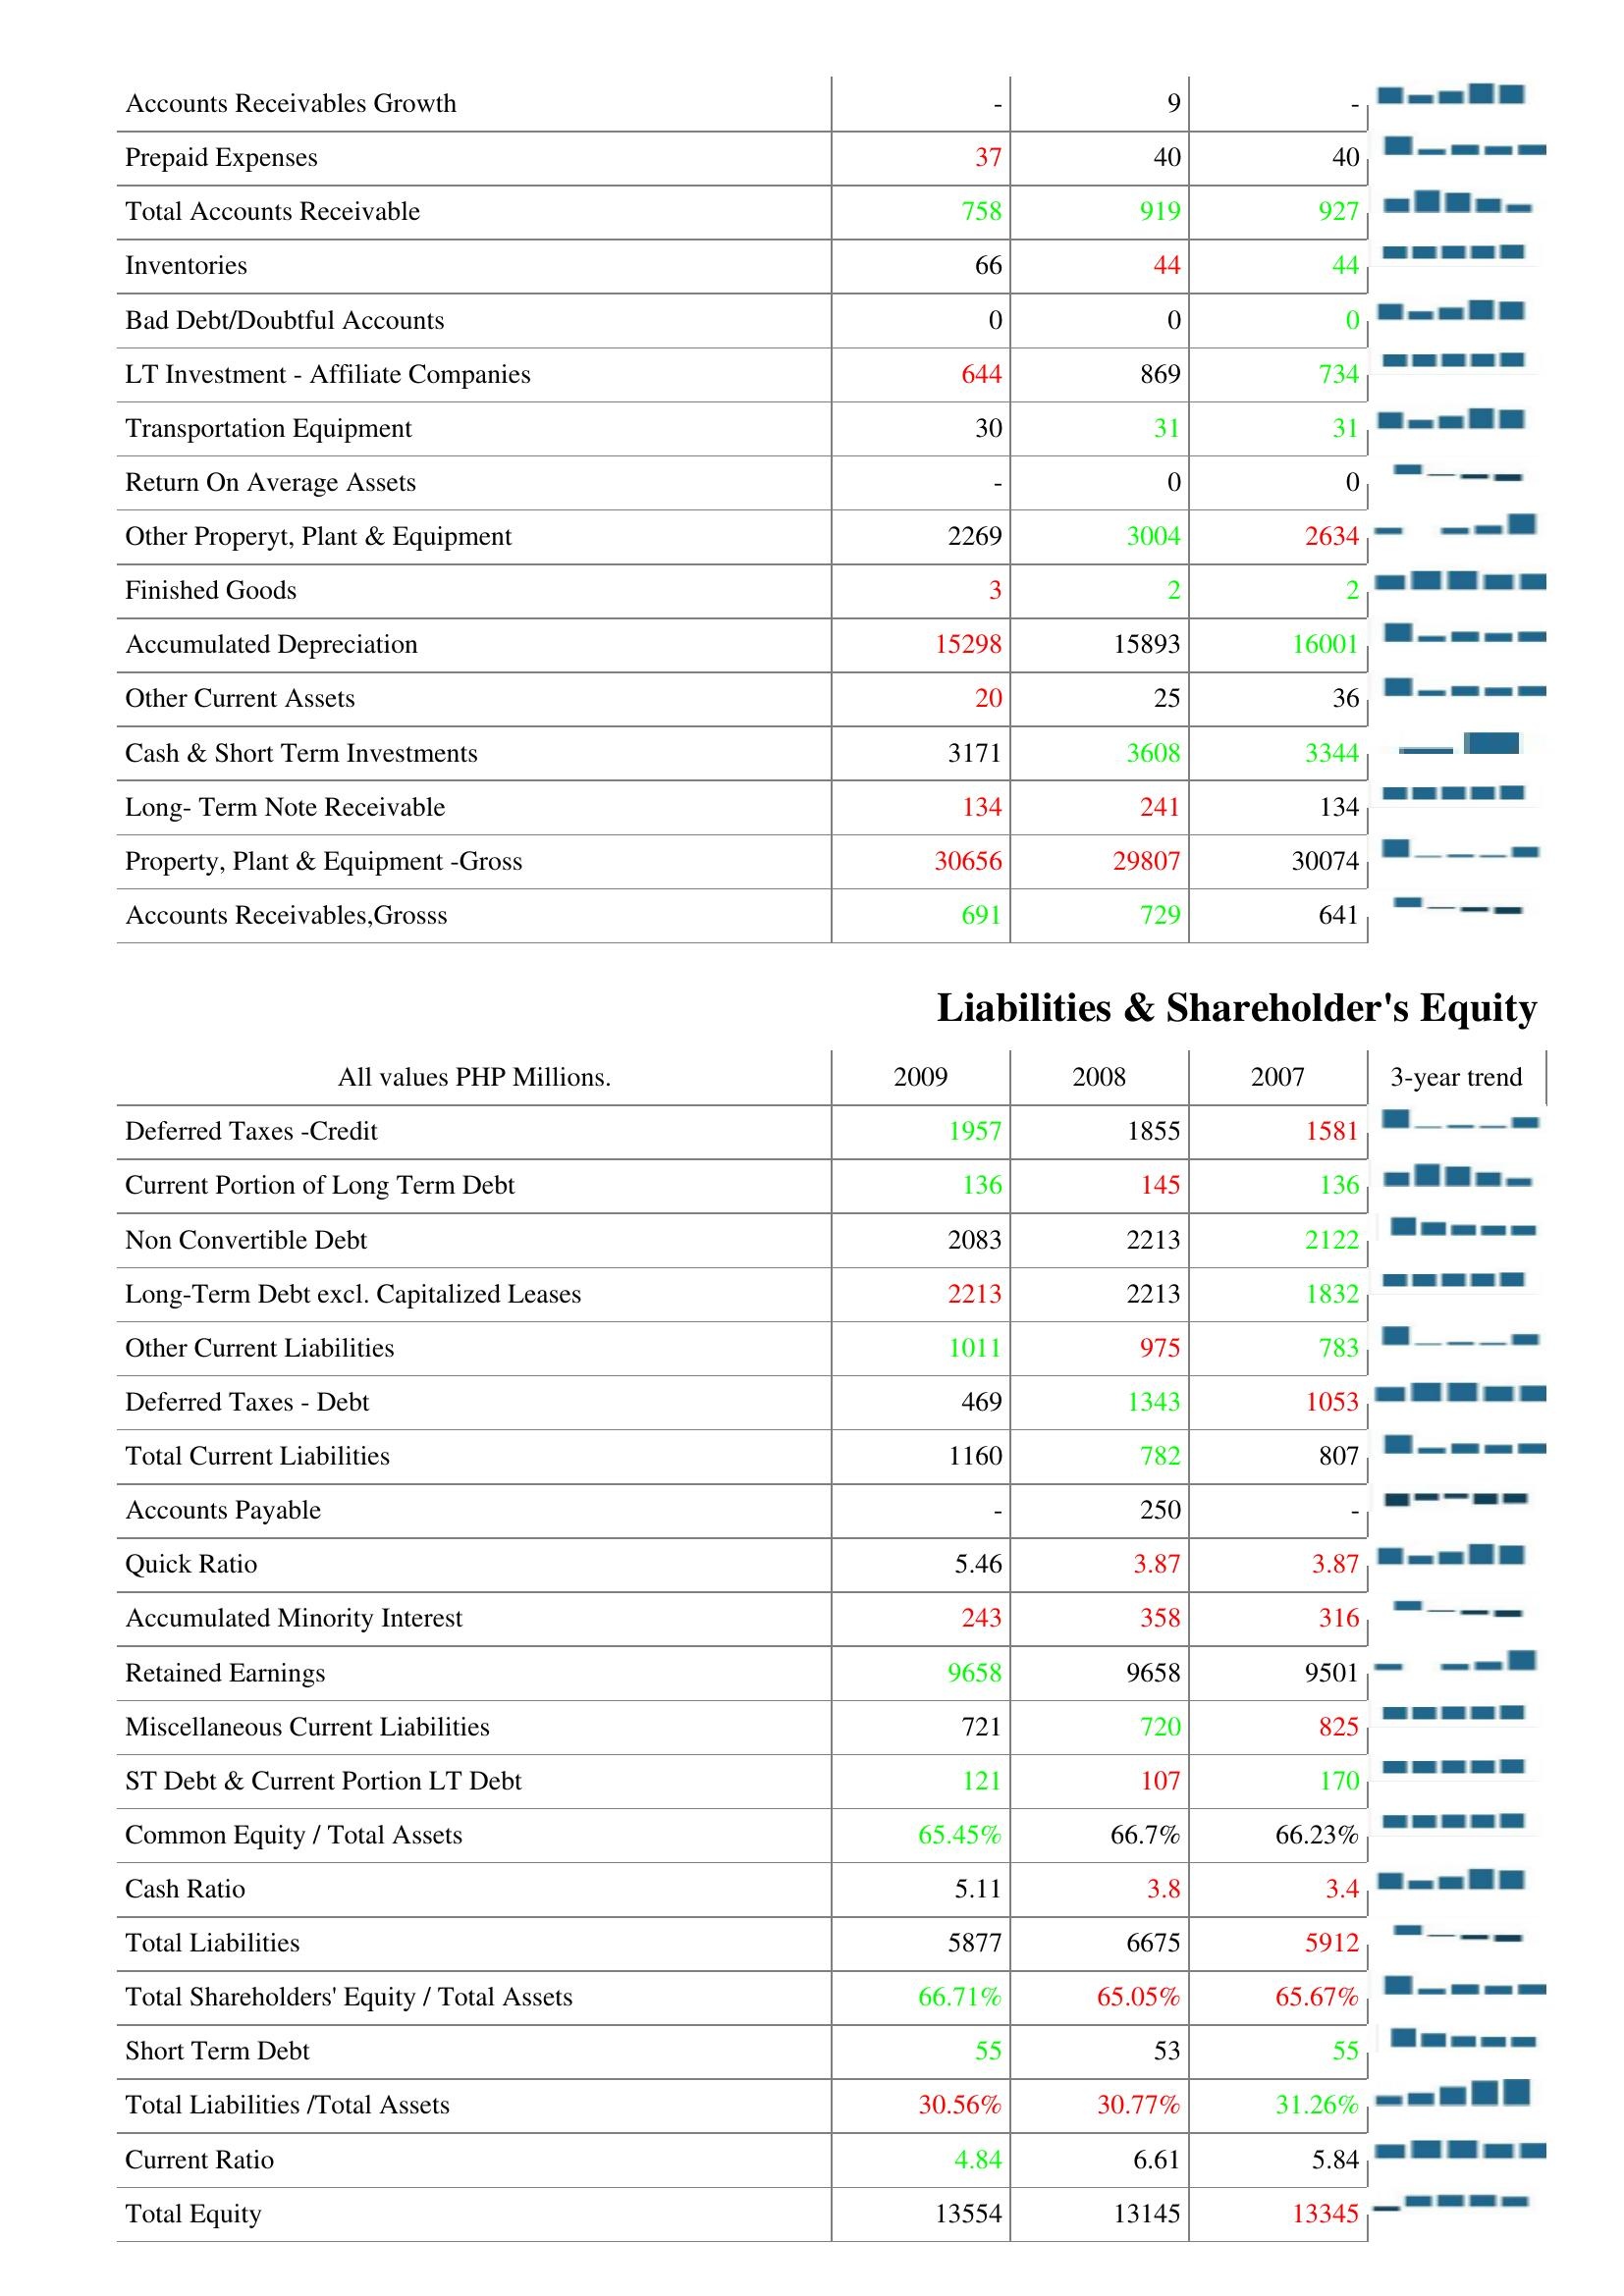
2009: Assets: Accounts Receivables Growth: -
Prepaid Expenses: 37
Total Accounts Receivable: 758
Inventories: 66
Bad Debt/Doubtful Accounts: 0
LT Investment - Affiliate Companies: 644
Transportation Equipment: 30
Return On Average Assets: -
Other Properyt, Plant & Equipment: 2269
Finished Goods: 3
Accumulated Depreciation: 15298
Other Current Assets: 20
Cash & Short Term Investments: 3171
Long- Term Note Receivable: 134
Property, Plant & Equipment -Gross: 30656
Accounts Receivables,Grosss: 691
Liabilities & Shareholder's Equity: Deferred Taxes -Credit: 1957
Current Portion of Long Term Debt: 136
Non Convertible Debt: 2083
Long-Term Debt excl. Capitalized Leases: 2213
Other Current Liabilities: 1011
Deferred Taxes - Debt: 469
Total Current Liabilities: 1160
Accounts Payable: -
Quick Ratio: 5.46
Accumulated Minority Interest: 243
Retained Earnings: 9658
Miscellaneous Current Liabilities: 721
ST Debt & Current Portion LT Debt: 121
Common Equity / Total Assets: 65.45%
Cash Ratio: 5.11
Total Liabilities: 5877
Total Shareholders' Equity / Total Assets: 66.71%
Short Term Debt: 55
Total Liabilities /Total Assets: 30.56%
Current Ratio: 4.84
Total Equity: 13554
2008: Assets: Accounts Receivables Growth: 9
Prepaid Expenses: 40
Total Accounts Receivable: 919
Inventories: 44
Bad Debt/Doubtful Accounts: 0
LT Investment - Affiliate Companies: 869
Transportation Equipment: 31
Return On Average Assets: 0
Other Properyt, Plant & Equipment: 3004
Finished Goods: 2
Accumulated Depreciation: 15893
Other Current Assets: 25
Cash & Short Term Investments: 3608
Long- Term Note Receivable: 241
Property, Plant & Equipment -Gross: 29807
Accounts Receivables,Grosss: 729
Liabilities & Shareholder's Equity: Deferred Taxes -Credit: 1855
Current Portion of Long Term Debt: 145
Non Convertible Debt: 2213
Long-Term Debt excl. Capitalized Leases: 2213
Other Current Liabilities: 975
Deferred Taxes - Debt: 1343
Total Current Liabilities: 782
Accounts Payable: 250
Quick Ratio: 3.87
Accumulated Minority Interest: 358
Retained Earnings: 9658
Miscellaneous Current Liabilities: 720
ST Debt & Current Portion LT Debt: 107
Common Equity / Total Assets: 66.7%
Cash Ratio: 3.8
Total Liabilities: 6675
Total Shareholders' Equity / Total Assets: 65.05%
Short Term Debt: 53
Total Liabilities /Total Assets: 30.77%
Current Ratio: 6.61
Total Equity: 13145
2007: Assets: Accounts Receivables Growth: -
Prepaid Expenses: 40
Total Accounts Receivable: 927
Inventories: 44
Bad Debt/Doubtful Accounts: 0
LT Investment - Affiliate Companies: 734
Transportation Equipment: 31
Return On Average Assets: 0
Other Properyt, Plant & Equipment: 2634
Finished Goods: 2
Accumulated Depreciation: 16001
Other Current Assets: 36
Cash & Short Term Investments: 3344
Long- Term Note Receivable: 134
Property, Plant & Equipment -Gross: 30074
Accounts Receivables,Grosss: 641
Liabilities & Shareholder's Equity: Deferred Taxes -Credit: 1581
Current Portion of Long Term Debt: 136
Non Convertible Debt: 2122
Long-Term Debt excl. Capitalized Leases: 1832
Other Current Liabilities: 783
Deferred Taxes - Debt: 1053
Total Current Liabilities: 807
Accounts Payable: -
Quick Ratio: 3.87
Accumulated Minority Interest: 316
Retained Earnings: 9501
Miscellaneous Current Liabilities: 825
ST Debt & Current Portion LT Debt: 170
Common Equity / Total Assets: 66.23%
Cash Ratio: 3.4
Total Liabilities: 5912
Total Shareholders' Equity / Total Assets: 65.67%
Short Term Debt: 55
Total Liabilities /Total Assets: 31.26%
Current Ratio: 5.84
Total Equity: 13345